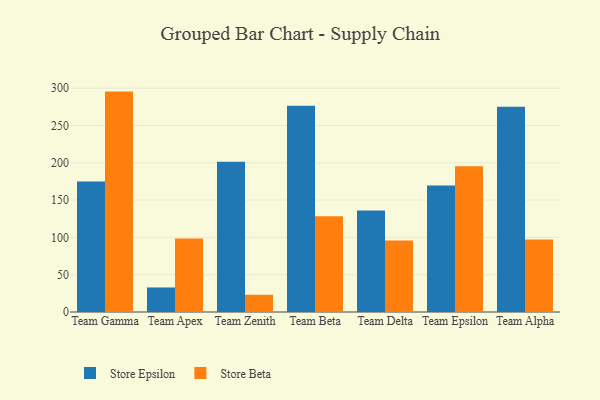
{"axis": {"x": "Team", "y": "Website Visitors"}, "legend": ["Store Beta", "Store Epsilon"], "data": [{"x": "Team Gamma", "y": 174.8, "type": "Store Epsilon"}, {"x": "Team Gamma", "y": 295.4, "type": "Store Beta"}, {"x": "Team Apex", "y": 32.9, "type": "Store Epsilon"}, {"x": "Team Apex", "y": 98.4, "type": "Store Beta"}, {"x": "Team Zenith", "y": 201.3, "type": "Store Epsilon"}, {"x": "Team Zenith", "y": 23.1, "type": "Store Beta"}, {"x": "Team Beta", "y": 276.5, "type": "Store Epsilon"}, {"x": "Team Beta", "y": 128.5, "type": "Store Beta"}, {"x": "Team Delta", "y": 135.9, "type": "Store Epsilon"}, {"x": "Team Delta", "y": 95.7, "type": "Store Beta"}, {"x": "Team Epsilon", "y": 169.5, "type": "Store Epsilon"}, {"x": "Team Epsilon", "y": 195.2, "type": "Store Beta"}, {"x": "Team Alpha", "y": 275.2, "type": "Store Epsilon"}, {"x": "Team Alpha", "y": 97.2, "type": "Store Beta"}]}